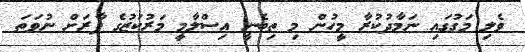
ވެލި މަގުގައި ނަމާދުކުރާ މީހުން މި ތިބެނީ އިސްލާމީ މަރުކަޒުގެ ފާރަށް ނުވަތަ